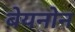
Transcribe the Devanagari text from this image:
बेयनोन